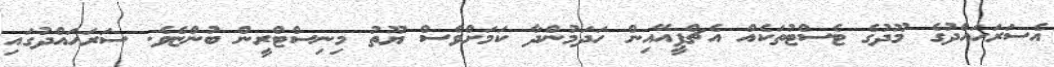
އެސަރަހައްދުގެ މޫދުގެ ޓެސްޓުތަކެއް އެޗްޕީއޭއިން ހަދަމުންދާ ކަމަށްވެސް ޔޫތު މިނިސްޓްރީން ބުންޏެވެ. ސަރަހައްދުގައި